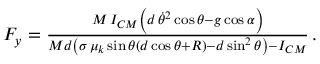
\begin{array} { r } { F _ { y } = \frac { M \, I _ { C M } \left( d \, \dot { \theta } ^ { 2 } \cos \theta - g \cos \alpha \right) } { M d \left( \sigma \, \mu _ { k } \sin \theta ( d \cos \theta + R ) - d \sin ^ { 2 } \theta \right) - I _ { C M } } \, . } \end{array}